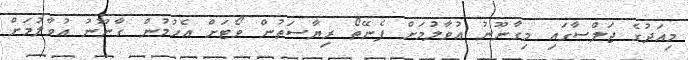
މިއަދުގެ ޖަލްސާގައި މިގާނޫނު އުވާލުމަށް ފެނޭތޯ ރިޔާސަތުން ވޯޓަށް އެހުމުން ގާނޫނު އުވާލުމަށް